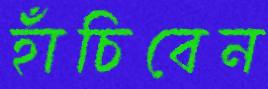
হাঁচিবেন